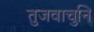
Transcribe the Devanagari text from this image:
तुजवाचुनि